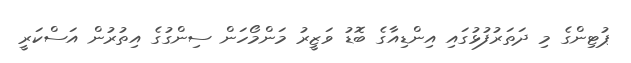
ޕުޓިންގެ މި ދަތަރުފުޅުގައި އިންޑިއާގެ ބޮޑު ވަޒީރު މަންމޯހަން ސިންގުގެ އިތުރުން އަސްކަރީ